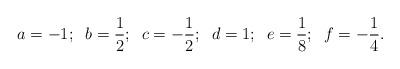
LaTeX: \begin{align*}a=-1;\;\;b=\frac 12;\;\;c=-\frac12;\;\;d=1;\;\;e=\frac 18;\;\;f=-\frac 14.\end{align*}